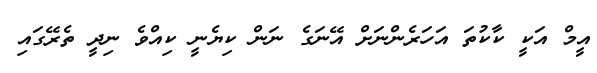
އީމް އަކީ ކާކުތަ އަހަރެންނަށް އޭނަގެ ނަން ކިޔެނީ ކިއްވެ ނިދީ ތެރޭގައި